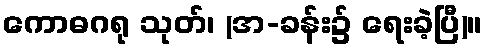
ကောဓဂရု သုတ်၊ (အ-ခန်း၌ ရေးခဲ့ပြီ)။